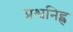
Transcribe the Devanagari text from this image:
प्रश्वनिह्न